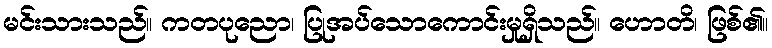
မင်းသားသည်။ ကတပုညော၊ ပြုအပ်သောကောင်းမှုရှိသည်။ ဟောတိ၊ ဖြစ်၏။